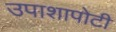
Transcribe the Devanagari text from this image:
उपाशापोटी